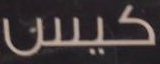
كيس